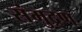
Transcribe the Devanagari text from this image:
संमुद्रण